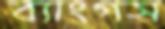
ব্যাংগস